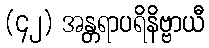
(၄၂) အန္တရာပရိနိဗ္ဗာယီ